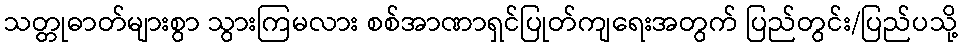
သတ္တုဓာတ်များစွာ သွားကြမလား စစ်အာဏာရှင်ပြုတ်ကျရေးအတွက် ပြည်တွင်း/ပြည်ပသို့